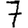
Digit: 7